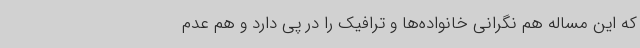
که این مساله هم نگرانی خانواده‌ها و ترافیک را در پی دارد و هم عدم